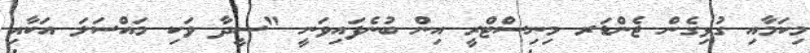
މިކަމާއި ގުޅިގެން ޖެންޑަރ މިނިސްޓްރީ އިން ބުނެފައިވަނީ "ސީދާ ވަކި މައްސަލަ އަކާއި